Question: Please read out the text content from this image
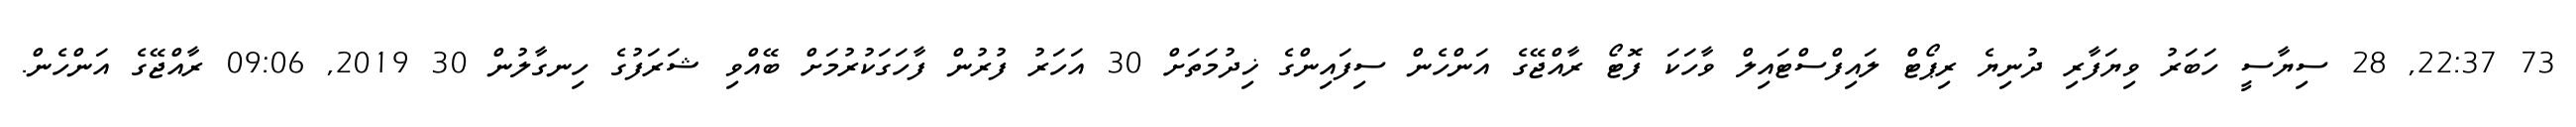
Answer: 73 22:37, 28 ސިޔާސީ ހަބަރު ވިޔަފާރި ދުނިޔެ ރިޕޯޓް ލައިފްސްޓައިލް ވާހަކަ ފޮޓޯ ރާއްޖޭގެ އަންހެން ސިފައިންގެ ޚިދުމަތަށް 30 އަހަރު ފުރުން ފާހަގަކުރުމަށް ބޭއްވި ޝަރަފުގެ ހިނގާލުން 30 2019, 09:06 ރާއްޖޭގެ އަންހެން.